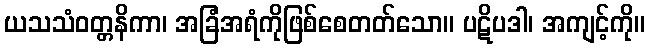
ယသသံဝတ္တနိကာ၊ အခြံအရံကိုဖြစ်စေတတ်သော။ ပဋိပဒါ၊ အကျင့်ကို။